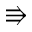
\Rrightarrow